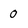
Character: 0